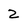
Character: 2